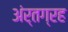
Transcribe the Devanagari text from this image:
अंर्तग्रह